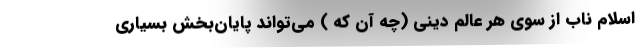
اسلام ناب از سوی هر عالم دینی (چه آن که ) می‌تواند پایان‌بخش بسیاری